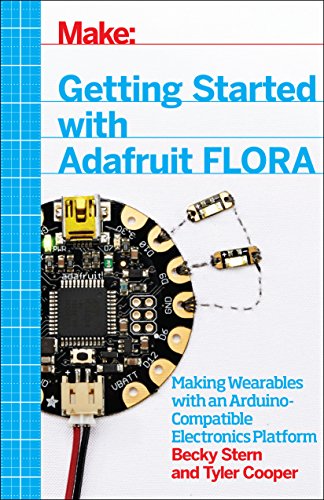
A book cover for Make: Getting Started with Adafruit FLORA: Making Wearables with an Arduino-Compatible Electronics Platform; Becky Stern; Crafts, Hobbies & Home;